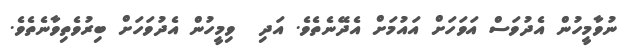
ނުވާމީހުން އެދުވަސް އަވަހަށް އައުމަށް އެދޭނެތެވެ. އަދި  ވިމީހުން އެދުވަހަށް ބިރުވެތިވާނެތެވެ.